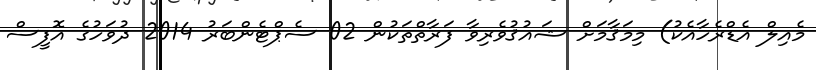
މެއިލް އެޑްރެހާއެކު) މިމަޤާމަށް ޝައުޤުވެރިވާ ފަރާތްތަކުން 02 ސެޕްޓެންބަރު 2014 ދުވަހުގެ އޮފީސް